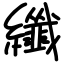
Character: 纖